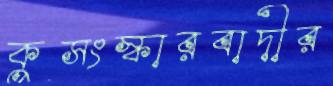
কুসংস্কারবাদীর